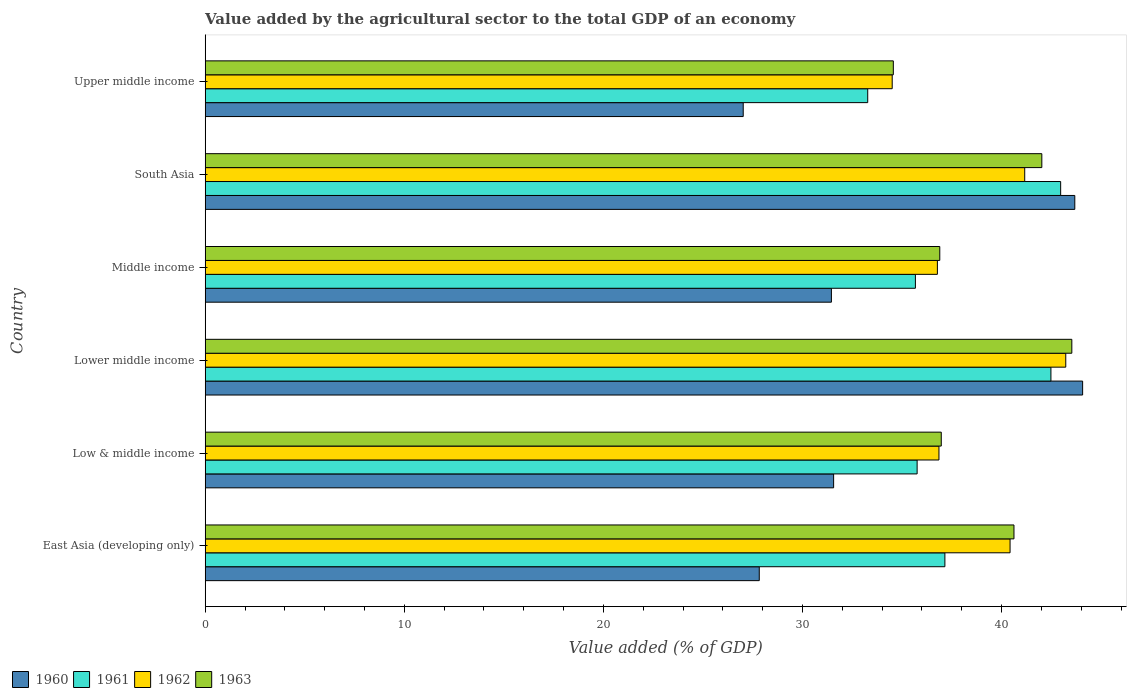
| Country | 1960 | 1961 | 1962 | 1963 |
 | --- | --- | --- | --- | --- |
 | East Asia (developing only) | 27.8 | 37.2 | 40.4 | 40.6 |
 | Low & middle income | 31.6 | 35.8 | 36.9 | 37 |
 | Lower middle income | 44.1 | 42.5 | 43.2 | 43.5 |
 | Middle income | 31.5 | 35.7 | 36.8 | 36.9 |
 | South Asia | 43.7 | 43 | 41.2 | 42 |
 | Upper middle income | 27 | 33.3 | 34.5 | 34.6 |